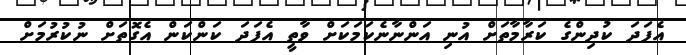
އެފަދަ ކުދިންގެ ކަރާމާތަށް އުނި އަންނާނެކަމަކަށް ވާތީ އެފަދަ ކަންކަން އެގޮތަށް ނުކުރުމަށް